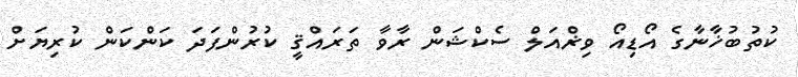
ކުތުބުޚާނާގެ އޯޑިއޯ ވިޜްއަލް ސެކްޝަން ރާވާ ތަރައްޤީ ކުރުންފަދަ ކަންކަން ކުރިޔަށް